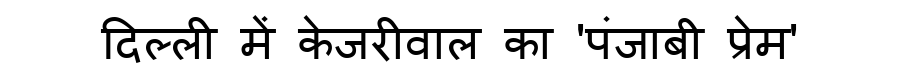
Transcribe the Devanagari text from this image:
दिल्ली में केजरीवाल का 'पंजाबी प्रेम'